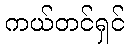
ကယ်တင်ရှင်